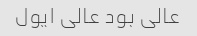
عالی بود عالی ایول